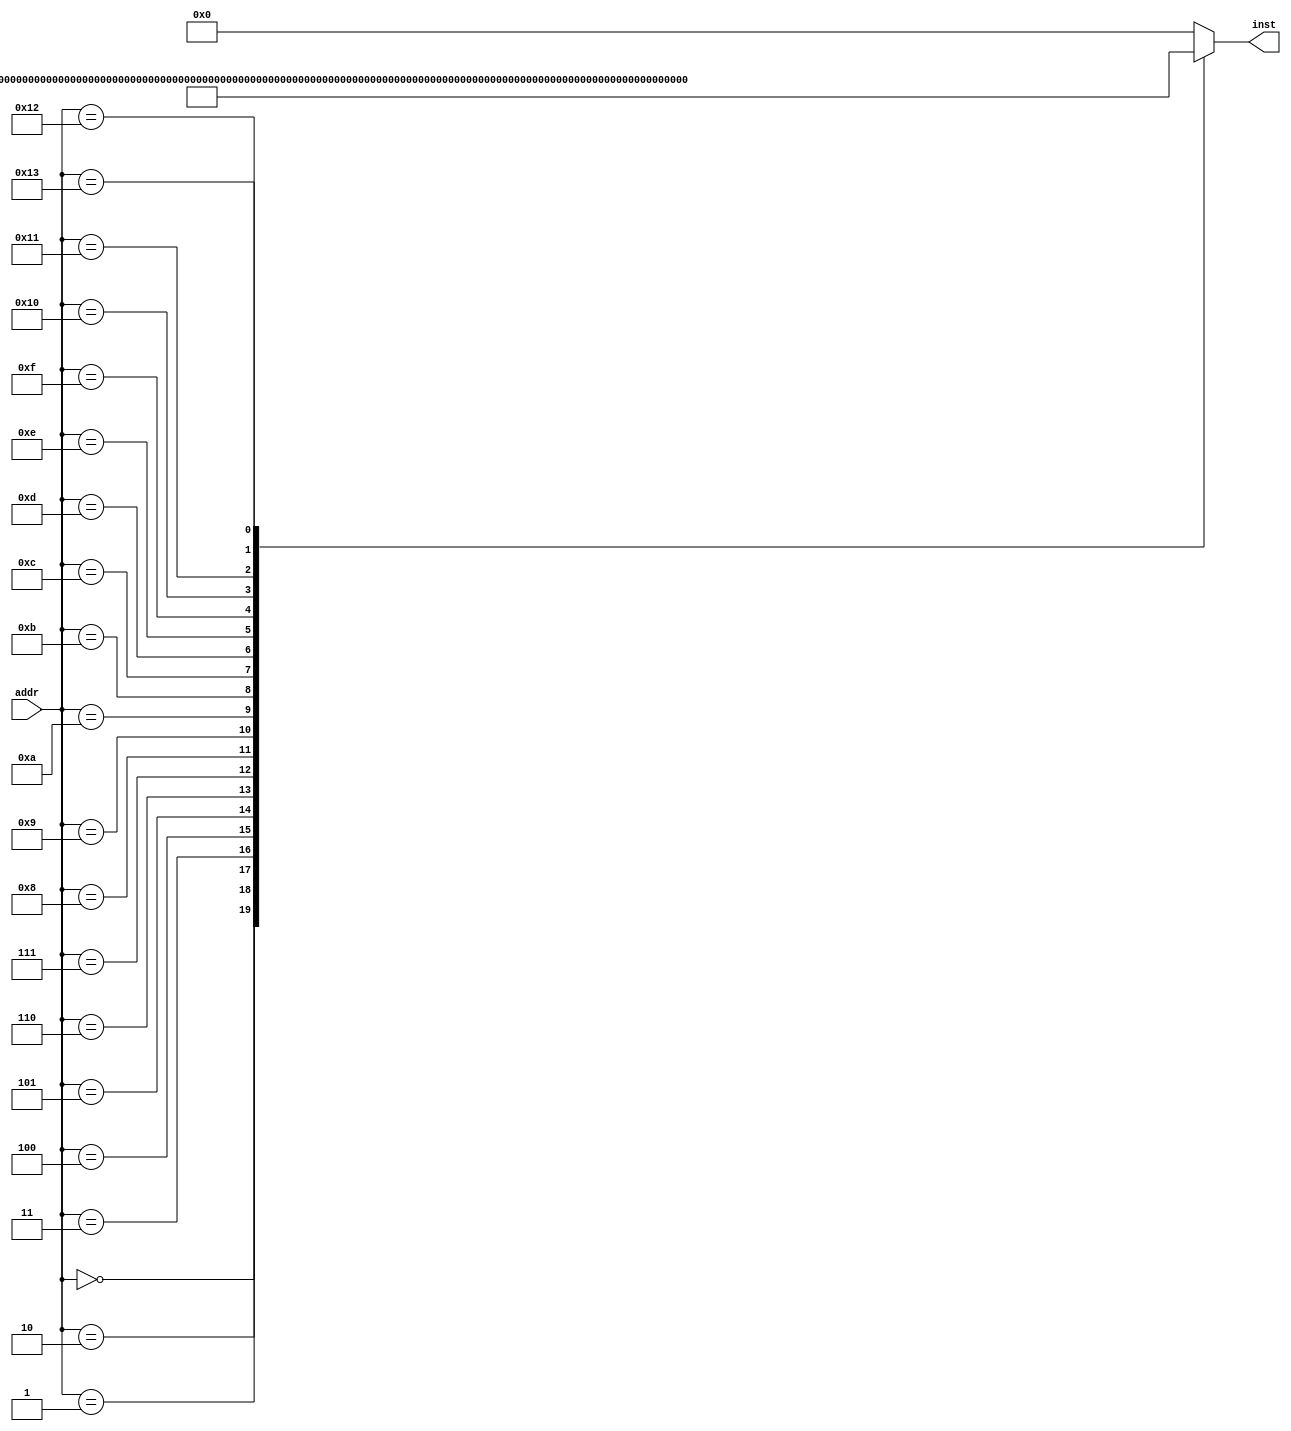
module inst_rom_1(
    input      [4 :0] addr, 
    output reg [31:0] inst       
    );
    wire [31:0] inst_rom[19:0];  
    assign inst_rom[ 0] = 32'h24010001; 
    assign inst_rom[ 1] = 32'h00011100; 
    assign inst_rom[ 2] = 32'h00411821; 
    assign inst_rom[ 3] = 32'h00022082; 
    assign inst_rom[ 4] = 32'h00642823; 
    assign inst_rom[ 5] = 32'hAC250013; 
    assign inst_rom[ 6] = 32'h00A23027; 
    assign inst_rom[ 7] = 32'h00C33825; 
    assign inst_rom[ 8] = 32'h00E64026; 
    assign inst_rom[ 9] = 32'hAC08001C; 
    assign inst_rom[10] = 32'h00C7482A; 
    assign inst_rom[11] = 32'h11210002; 
    assign inst_rom[12] = 32'h24010004; 
    assign inst_rom[13] = 32'h8C2A0013; 
    assign inst_rom[14] = 32'h15450003; 
    assign inst_rom[15] = 32'h00415824; 
    assign inst_rom[16] = 32'hAC0B001C; 
    assign inst_rom[17] = 32'hAC040010; 
    assign inst_rom[18] = 32'h3C0C000C; 
    assign inst_rom[19] = 32'h08000000; 
    always @(*)
    begin
        case (addr)
            5'd0 : inst <= inst_rom[0 ];
            5'd1 : inst <= inst_rom[1 ];
            5'd2 : inst <= inst_rom[2 ];
            5'd3 : inst <= inst_rom[3 ];
            5'd4 : inst <= inst_rom[4 ];
            5'd5 : inst <= inst_rom[5 ];
            5'd6 : inst <= inst_rom[6 ];
            5'd7 : inst <= inst_rom[7 ];
            5'd8 : inst <= inst_rom[8 ];
            5'd9 : inst <= inst_rom[9 ];
            5'd10: inst <= inst_rom[10];
            5'd11: inst <= inst_rom[11];
            5'd12: inst <= inst_rom[12];
            5'd13: inst <= inst_rom[13];
            5'd14: inst <= inst_rom[14];
            5'd15: inst <= inst_rom[15];
            5'd16: inst <= inst_rom[16];
            5'd17: inst <= inst_rom[17];
            5'd18: inst <= inst_rom[18];
            5'd19: inst <= inst_rom[19];
            default: inst <= 32'd0;
        endcase
    end
endmodule